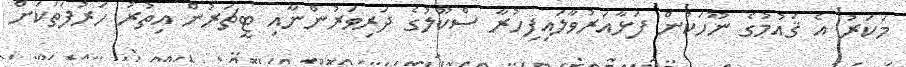
މަކަރު އެ ޤައުމުގެ ނޫހަކުން ފަޅާއަރުވާލައިފިހުރާ ސްކޫލުގެ ދަރިވަރުންނާއި ޓީޗަރުން އިތުރު ހަރުފަތަކަށް